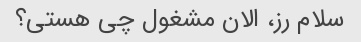
سلام رز، الان مشغول چی هستی؟